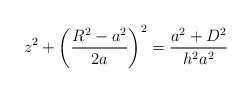
LaTeX: \begin{align*}z^2+\bigg(\frac{R^2-a^2}{2a}\bigg)^2=\frac{a^2+D^2}{h^2a^2}\end{align*}